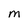
Character: m